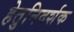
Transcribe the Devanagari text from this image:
हेतुनिदर्शक